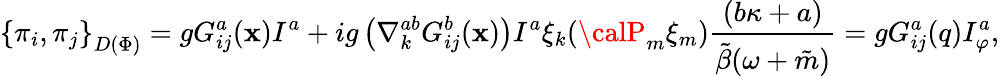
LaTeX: {\{ \pi_{i},\pi_{j}\} }_{D(\Phi)}=gG_{ij}^{a}(\mathbf{x})I^{a}+ig\left(\nabla_{k}^{ab}G_{ij}^{b}(\mathbf{x})\right)I^{a}\xi_{k}({\calP}_{m}\xi_{m})\frac{{(b\kappa+a)}}{{\tilde{{\beta}}(\omega+\tilde{{m}})}}=gG_{ij}^{a}(q)I_{\varphi}^{a},